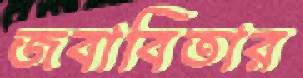
জবাবিতার